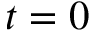
t = 0